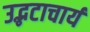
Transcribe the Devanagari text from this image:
उद्भटाचार्य